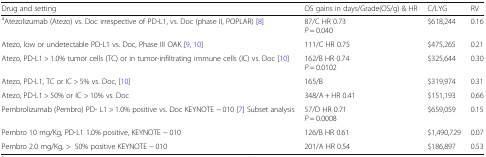
| Drug and setting | OS gains in days/Grade(OS/g) & HR | C/LYG | RV |
 | --- | --- | --- | --- |
 | aAtezolizumab (Atezo) vs. Doc irrespective of PD-L1, vs. Doc (phase II, POPLAR) [8] | 87/C HR 0.73P = 0.040 | $618,244 | 0.16 |
 | Atezo, low or undetectable PD-L1 vs. Doc, Phase III OAK [9, 10] | 111/C HR 0.75 | $475,265 | 0.21 |
 | Atezo, PD-L1 > 1.0% tumor cells (TC) or in tumor-infiltrating immune cells (IC) vs. Doc [10] | 162/B HR 0.74P = 0.0102 | $325,644 | 0.30 |
 | Atezo, PD-L1, TC or IC > 5% vs. Doc, [10] | 165/B | $319,974 | 0.31 |
 | Atezo, PD-L1 > 50% or IC > 10% vs. Doc | 348/A + HR 0.41 | $151,193 | 0.66 |
 | Pembrolizumab (Pembro) PD- L1 > 1.0% positive vs. Doc KEYNOTE − 010 [7] Subset analysis | 57/D HR 0.71P = 0.0008 | $659,059 | 0.15 |
 | Pembro 10 mg/Kg, PD-L1 1.0% positive, KEYNOTE − 010 | 126/B HR 0.61 | $1,490,729 | 0.07 |
 | Pembro 2.0 mg/Kg, >50% positive KEYNOTE − 010 | 201/A HR 0.54 | $186,897 | 0.53 |